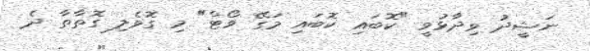
ނަޝީދު ވިދާޅުވީ "ކޮބައި ކޮބައި މަގޭ ވޯޓް" މި ގޮވެލި ގޮތާތާ ދެ